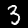
Label: 3